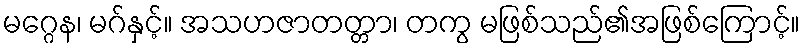
မဂ္ဂေန၊ မဂ်နှင့်။ အသဟဇာတတ္တာ၊ တကွ မဖြစ်သည်၏အဖြစ်ကြောင့်။